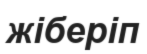
жіберіп